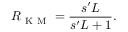
R _ { \mathrm { ~ K ~ M ~ } } = \frac { s ^ { \prime } L } { s ^ { \prime } L + 1 } .